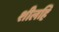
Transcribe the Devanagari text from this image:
शीलहि